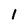
Character: I